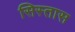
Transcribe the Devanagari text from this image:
सिस्तास